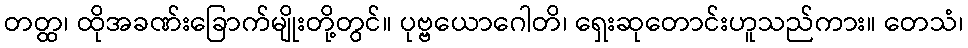
တတ္ထ၊ ထိုအခဏ်းခြောက်မျိုးတို့တွင်။ ပုဗ္ဗယောဂေါတိ၊ ရှေးဆုတောင်းဟူသည်ကား။ တေသံ၊